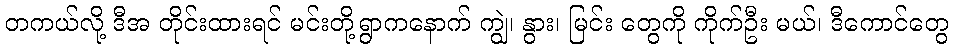
တကယ်လို့ ဒီအ တိုင်းထားရင် မင်းတို့ရွာကနောက် ကျွဲ၊ နွား၊ မြင်း တွေကို ကိုက်ဦး မယ်၊ ဒီကောင်တွေ